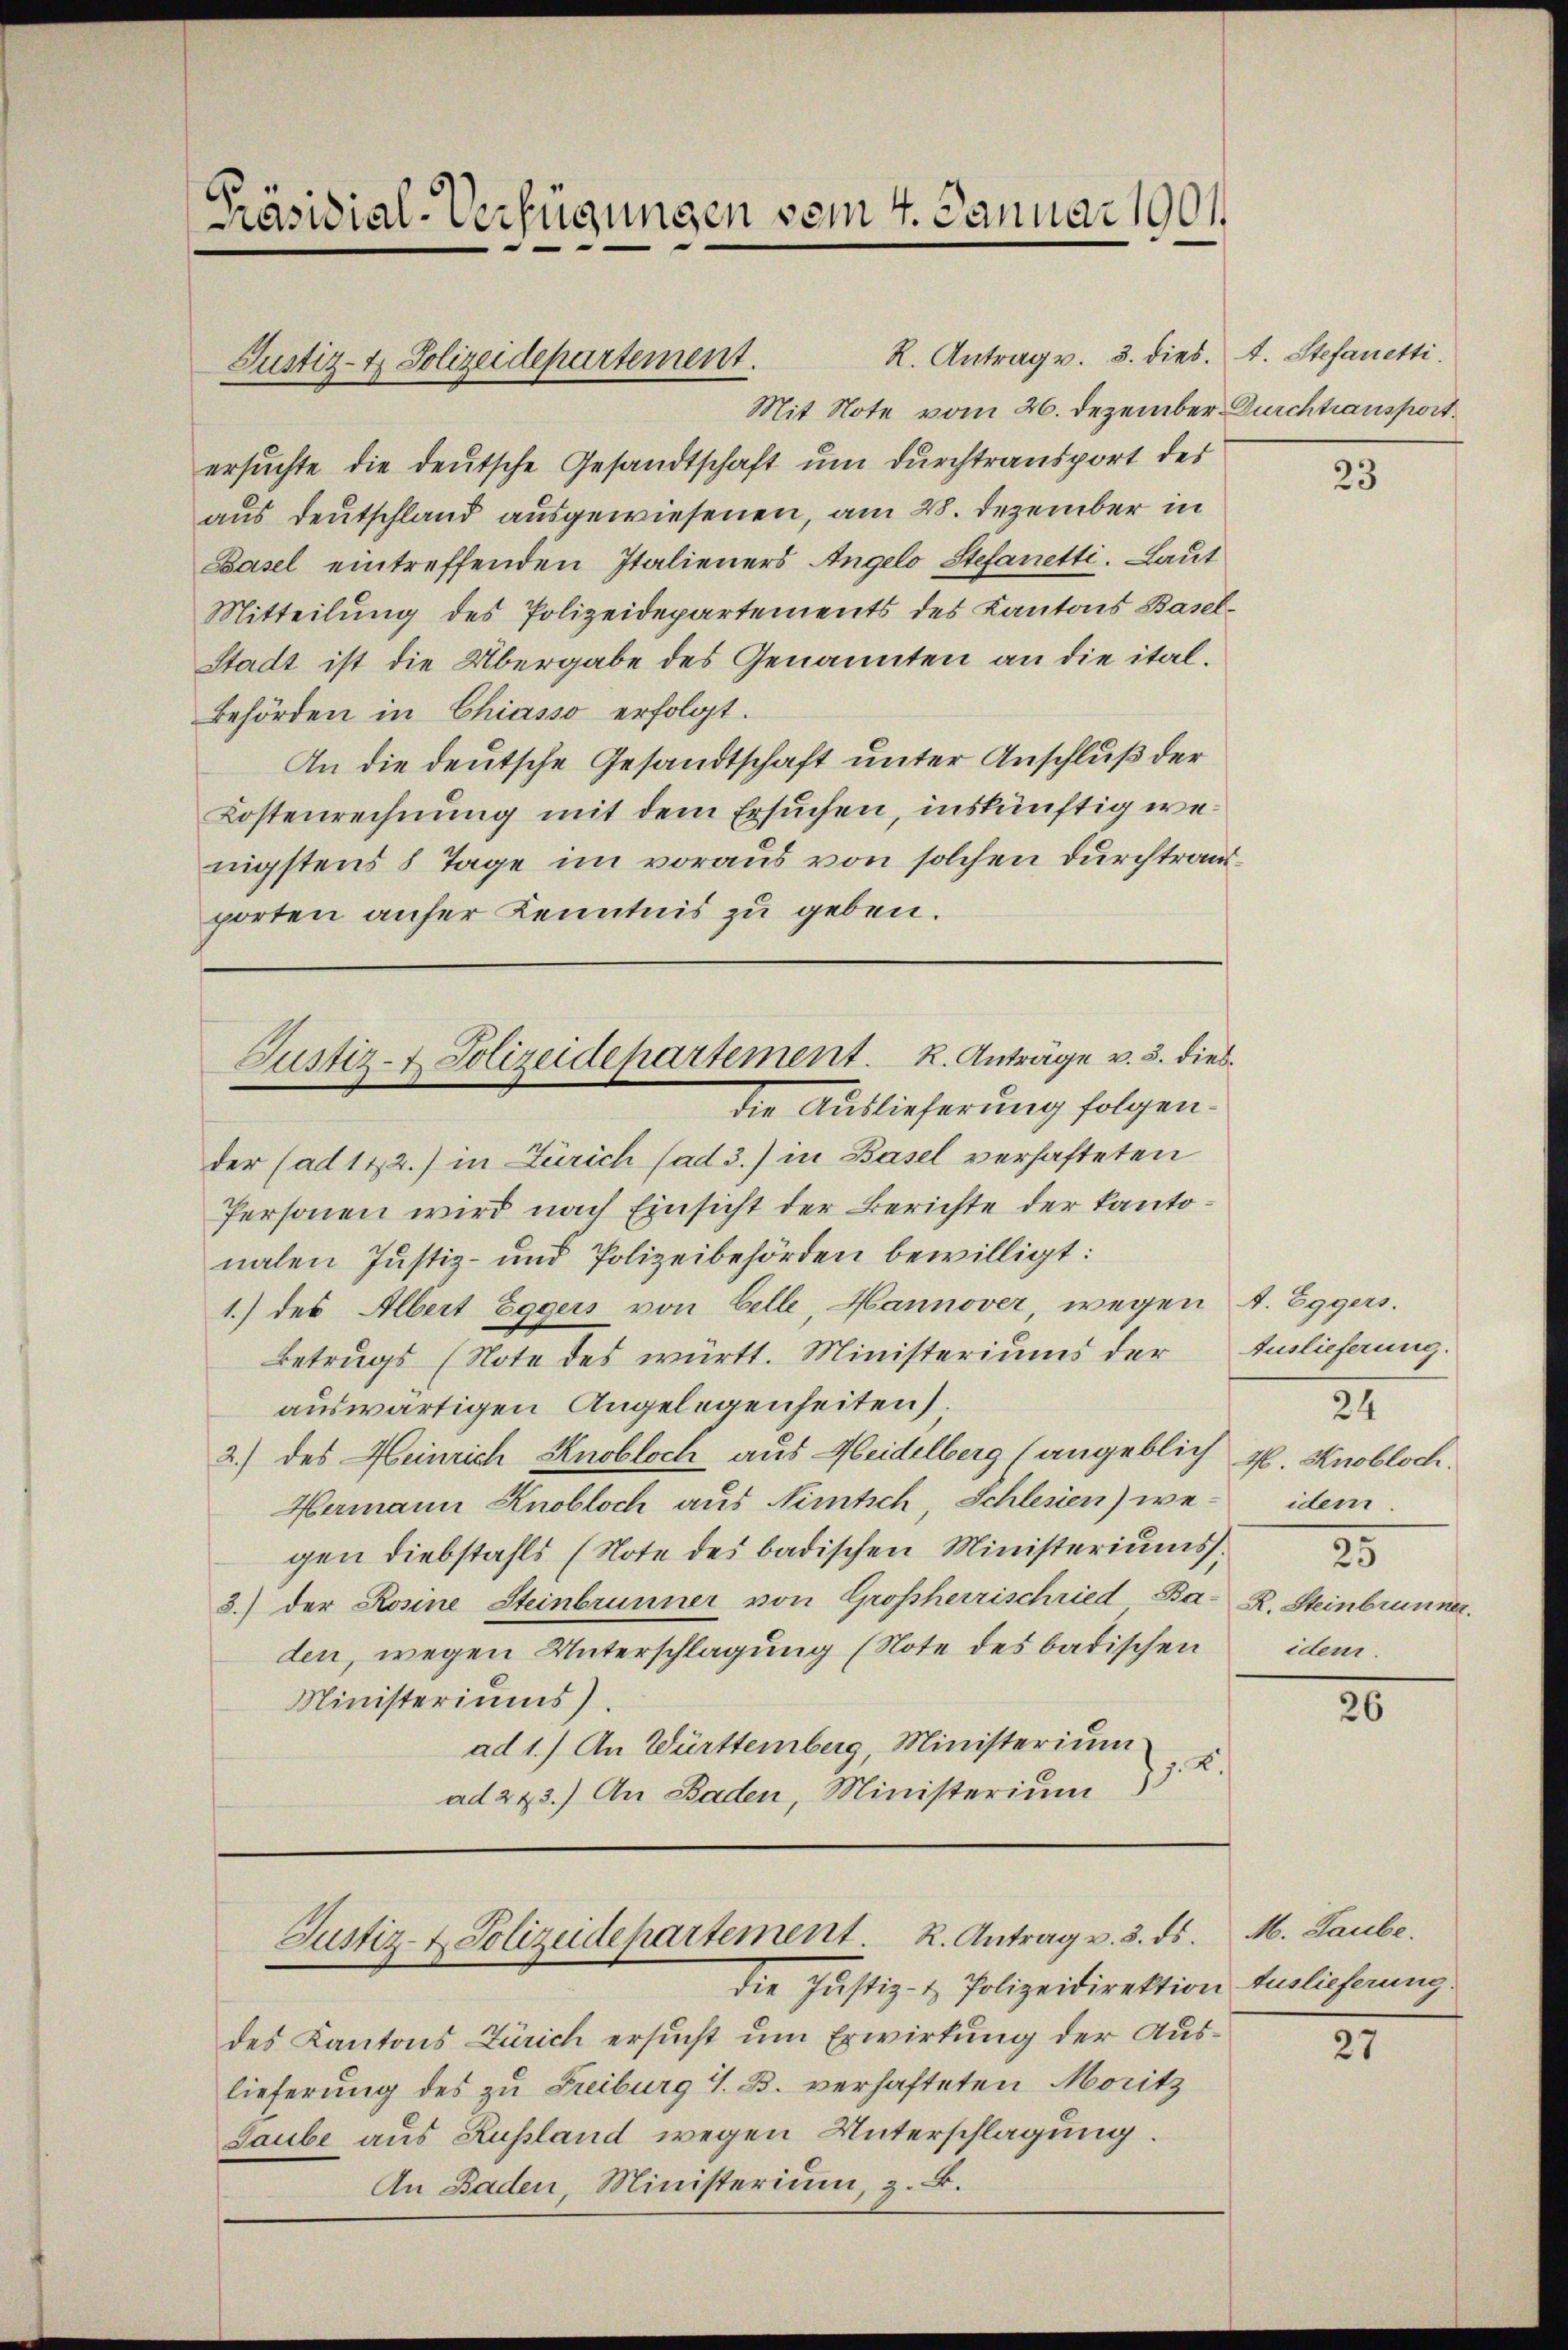
[Präsidial-Verfügungen vom 4. Januar 1901

Justiz- & Polizeidepartement.

Justiz- & Polizeidepartement. K. Anträge v. 3. dies
die Auslieferung folgen.

Justiz- & Polizeidepartement. R. Antrag v. 3. ds. M. Laube.
die Justiz- & Polizeidirektion Auslieferung.

R. Antrag v. 3. dies. A. Stefanetti.
Mit Note vom 26. Dezember Durchtransport
ersuchte die deutsche Gesandtschaft um durchtransport des
aus Deutschland ausgewiesenen, am 28. Dezember in
Basel eintreffenden Italieners Angelo Stefanetti. Laut
Mitteilung des Polizeidepartements des Kantons Basel-
Stadt ist die Übergabe des Genannten an die ital¬
Behörden in Chiasso erfolgt.
An die deutsche Gesandtschaft unter Anschluß der
Kostenrechnung mit dem Ersuchen, inskünftig wenigstens 8 Tage im voraus von solchen durchtrandporten aufer Kenntnis zu geben.
der (ad 112.) in Zürich (ad 3.) in Basel verhafteten
Personen wird nach Einsicht der Berichte der Kantonalen Justiz- und Polizeibehörden bewilligt:
1.) des Albert Eggers von Celle, Hannover wegen A. Eggers.
Betrugs (Note des württ. Ministeriums der Auslicherung.
auswärtigen Angelegenheiten.
2.) des Heinrich Knobloch aus Heidelberg (angeblich 4. Knobloch.
Hermann Knobloch aus Nümtsch, Schlesien) wegen Diebstahls (Note des badischen Ministeriums.
3.) der Rosine Steinbrunner von Großherrischried Ba- R. Steinbrunner.
den, wegen Unterschlagung (Note des badischen
Ministeriums).
ad 1.) An Württemberg, Ministerium
2.
ad 273.) An Baden, Ministerium

des Kantons Zürich ersucht um Erwirkung der Auslieferung des zu Freiburg i. B. verhafteten Moritz
Saube aus Russland wegen Unterschlagung.
An Baden, Ministerium, z. B.

23

24
idem.
25
idem.

26

27